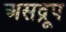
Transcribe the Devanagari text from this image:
असद्रूप